Lunatic asylums Madras 1892-1911 - 1892-1911
Year: 1892
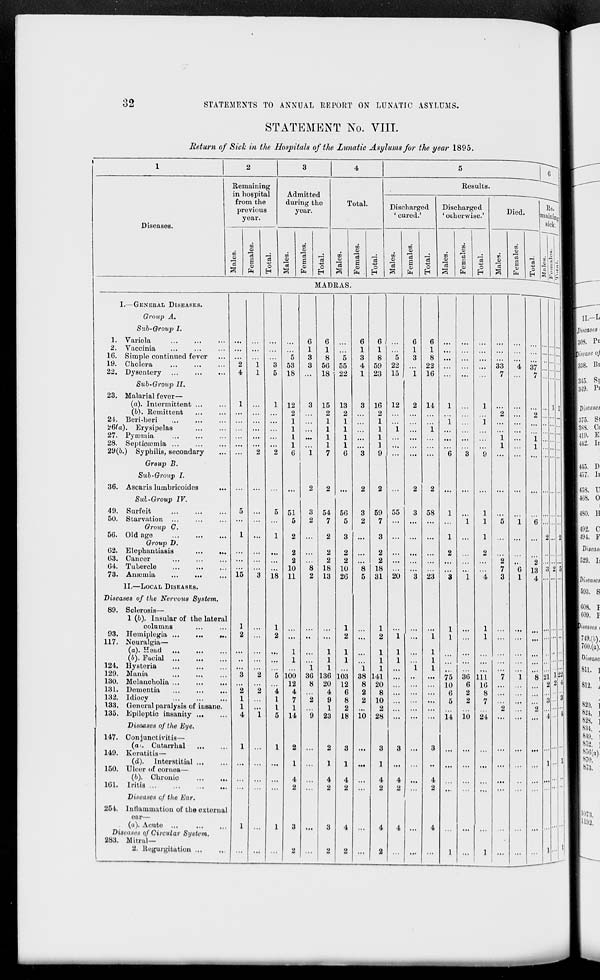
32
STATEMENTS TO ANNUAL REPORT ON LUNATIC ASYLUMS.
STATEMENT No. VIII.
Return of Sick in the Hospitals of the Lunatic Asylums for the year 1895.
1
2
3
4
5
6 1
Remaining
Results.
in hospital
Admitted
from the
previous
during the
year.
Total.
Discharged
' cured.'
Discharged
' otherwise.'
TV i
Re- 1
DlCd -
".aininj
Dicnn cpq
year.
sick/ IS
i ' i D< < t r>i ;> ,
oo
o5
in
ao
oj
"""■
a
o>
01
<D
0
0
*
B
1
Males.
Femal
Total.
Males.
Femal
c3
m
5
"3
S
O
H
00
13
B
o>
j8
0
to
0
"c3
s i
^ 1
IT
01
13
s
* 1 c_i *- .- i: la
MADRAS.
I
I.—GENERAL DISEASES.
~|
Group A.
Siib-Grouj) I.
1. Variola
...
6
6
6
6
6
6
2. Vaccinia
1
1
...
1
1
1
1
16. Simple continued fever
5
3
8
5
3
8
5
3
8 ...
1
19. Cholera
2
1
3 53
3 56 55
4 59 22
22
33
4 37 . *. ". ■.;;" 1
22. Dysentery
4
1
5 18 ... 18 22
1 23 15
1 16 ...
...
7
7
;;;|
Sub-Group II.
23. Malaria] fever—
(a). Intermittent ...
1
1 12
3 15 13
3 16 12
2 14
1
1 ...
ill
(b). Remittent
2
2
2
2
2
2
1
21. Beri-beri
1
1
1
1
1
i ... ...
Hi 1
Z&a). Erysipelas
...
...
1
1
1
1
1 ...
i ...
...
...
' " 1
27. Pyaemia
...
1
1
1
1 ...
...
1 ...
1
28. Septiotemia ...
...
...
1
1
1
1
1
1
29(6.) Syphilis, secondary
...
2
2
6
1
7
6
3
9 ...
...
...
6
3
9 ...
...
...
1
Group B.
Sub-Group I.
36. A scar is lumbricoides
...
...
2
2 ...
2
2 ...
2
2 ...
...
...
...
...
1
Sul-Group IV.
49. Surfeit
5
5 51
3 54 56
3 59 55
3 58
1
1
50. Starvation
...
5
2
7
5
2
7 ...
1
1
5
i "6
1
Group G.
56. Old age
1
...
1
2
2
3
3 ...
...
1
1
... 2... 2|
Group D.
62. Elephantiasis
...
... ...
...
...
2 ...
2
2 ...
2 ...
...
...
2
2
1
63. Cancer
...
2
2
2
2 ...
...
"2
"2
64. Tubercle
10
8 18 10
8 18
...
7
6 13 3 2 5
73. Aim ■ uiiii
15
3 18 11
2 13 26
5 31 20
3 23
3
1
4
3
1
11.—LOCAL DISEASES.
Diseases of the Nervous System.
89. Sclerosis—
1 (b). Insular of the lateral
colamns
1
1
...
1
1
...
1
1
...
93. Homiplegia ...
...
...
2
2 ...
2
2
1
...
1
1
1
... ••• '•' '"
117. Neuralgia—
(a). Hs&d
1
...
1
1
1
1
1
(/>). Facial
1
...
1
1
1
1
1
121. Hysteria
1
1 ...
i 1
i 1
...
129. Mania
3
2
5 100 36 136 103 38 141
...
75 36 111
7
1
8 21 Y\
130. Melancholia ...
12
8 20 12
8 20
10
6 16
2 2 i
131. Dementia
2
2 "i 4
4
6
2
8
6
2
8
::: M C*
132. Idiocy
1
1
7
2
9
8
2 10
5
2
7
133. General paralysis of insane.
1
1
1
1
2
2
2
2
135. Epileptic insanity ...
4
1
5 14
9 23 18 10 28 ...
...
...
14 10 24 ...
...
... "4- j
Diseases of the Eye.
147. Conjunctivitis—
(a>. Cutarrhal
1
...
1
2
2
3
3
3
3
149. Kcrutitis—
... 1- i
(d). Interstitial ...
...
1
1
1
...
1
...
...
150. Ulcer of cornea—
(6). Chronic
...
...
4
4
4
4
4
4
...
161. Iritis
...
...
2
2
2 ...
2
2
2
..
...
Diseases of the Ear.
254. lntlammution of the external
oar—
(a). Acute ...
1
1
3 ...
3
4 ...
4
4 ...
4
...
Diseases of Circular System.
283. Mitral—
1
2. Rogurgitation .,.
...
2 ...
2
2 ...
2
...
...
1
...
1
...
...
... 1-
1
, —U-